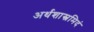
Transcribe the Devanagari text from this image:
अर्थशास्त्रमिदं